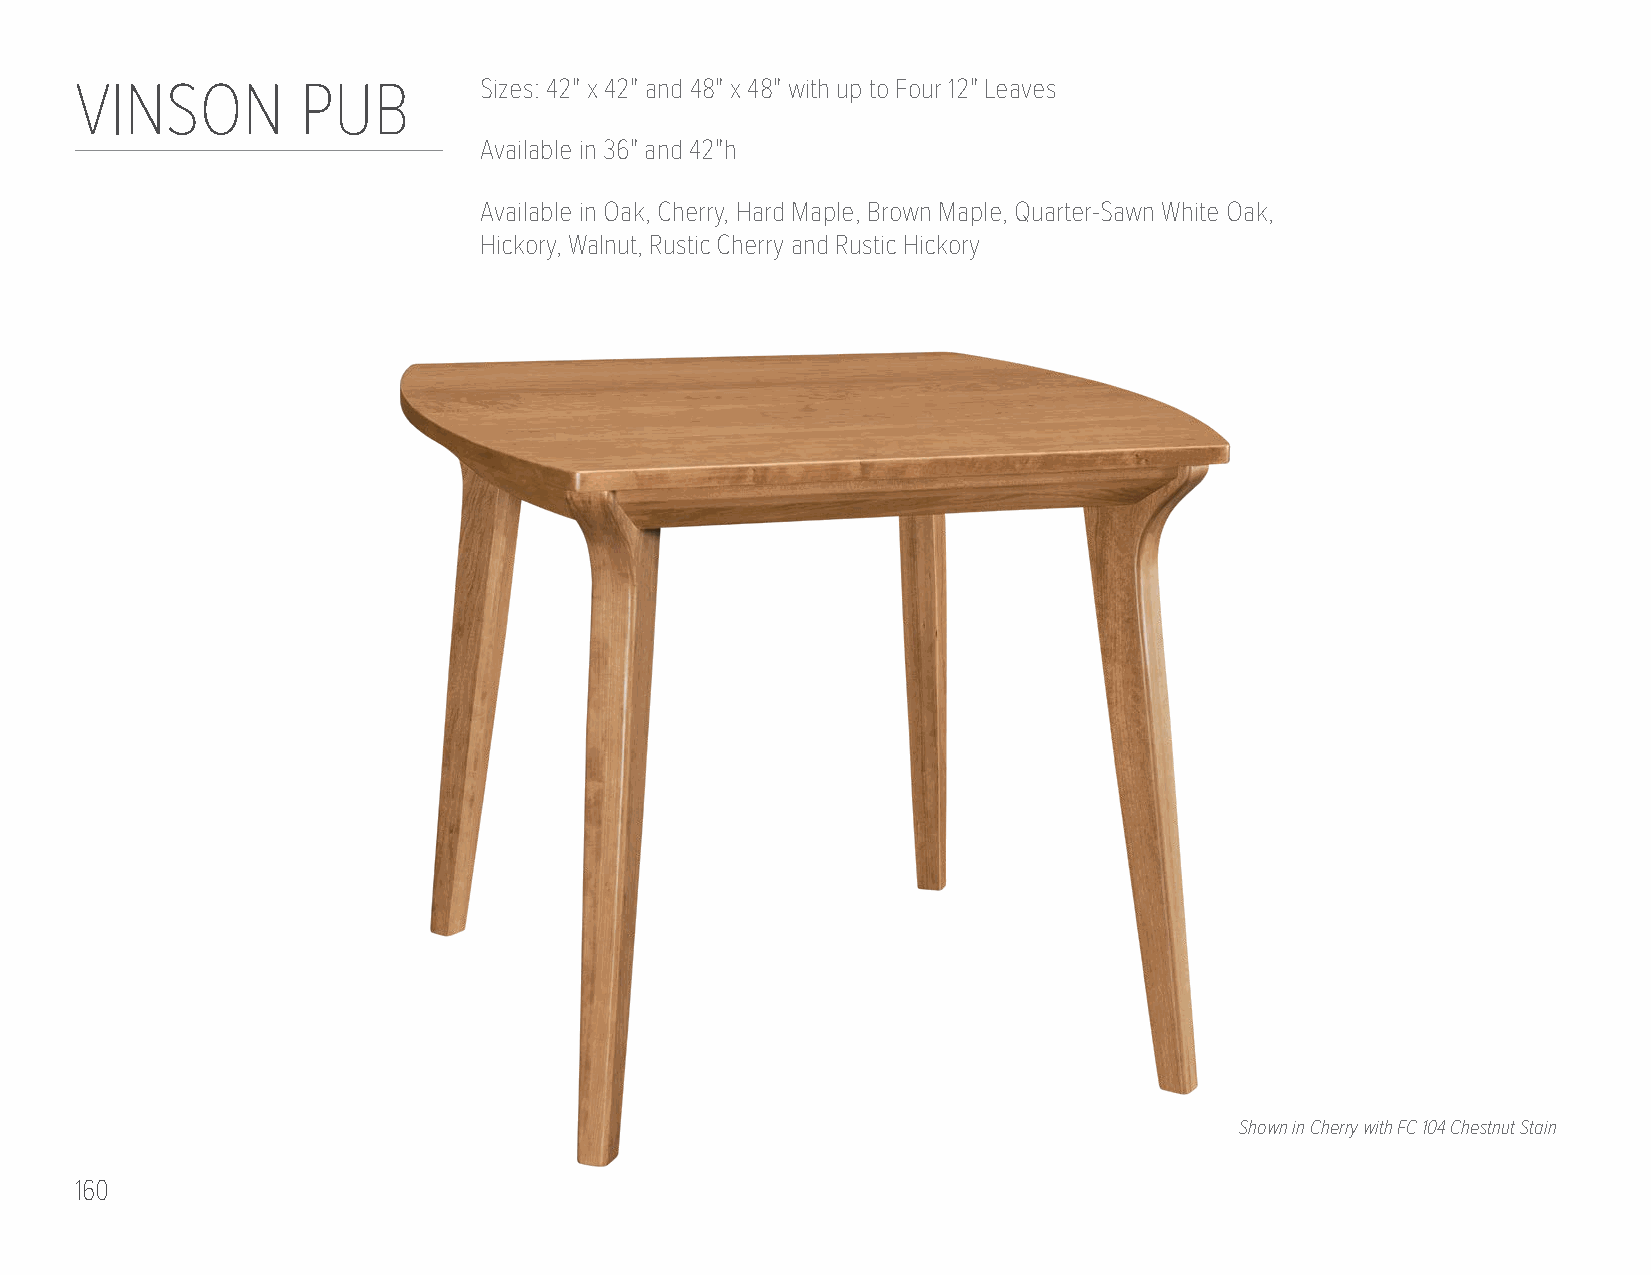
VINSON         PUB         Sizes: 42" x 42" and 48" x 48" with up to Four 12" Leaves
 Available in 36" and 42"h
 Available in Oak, Cherry, Hard Maple, Brown Maple, Quarter-Sawn White Oak,
 Hickory, Walnut, Rustic Cherry and Rustic Hickory
 Shown in Cherry with FC 104 Chestnut Stain
 160